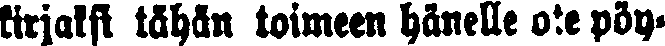
kirjaksi tähän toimeen hänelle ote pöy-